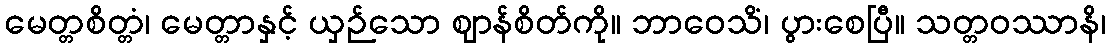
မေတ္တစိတ္တံ၊ မေတ္တာနှင့် ယှဉ်သော ဈာန်စိတ်ကို။ ဘာဝေသိံ၊ ပွားစေပြီ။ သတ္တဝဿာနိ၊